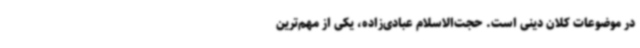
در موضوعات کلان دینی است. حجت‌الاسلام عبادی‌زاده، یکی از مهم‌ترین